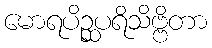
မောရပိဉ္ဆပရိသိဗ္ဗိတာ